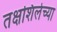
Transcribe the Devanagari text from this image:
तक्षशिलेच्या